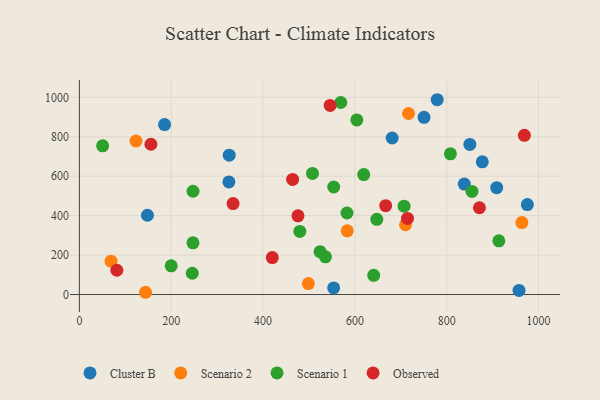
{"axis": {"x": "Investment", "y": "Rating"}, "legend": ["Cluster B", "Observed", "Scenario 1", "Scenario 2"], "data": [{"x": "553.8", "y": 33.3, "type": "Cluster B"}, {"x": "326.3", "y": 706.5, "type": "Cluster B"}, {"x": "681.2", "y": 793.7, "type": "Cluster B"}, {"x": "957.5", "y": 20.8, "type": "Cluster B"}, {"x": "779.3", "y": 987.8, "type": "Cluster B"}, {"x": "975.7", "y": 456.3, "type": "Cluster B"}, {"x": "908.9", "y": 541.6, "type": "Cluster B"}, {"x": "325.6", "y": 570.9, "type": "Cluster B"}, {"x": "838.2", "y": 559.9, "type": "Cluster B"}, {"x": "877.5", "y": 672.8, "type": "Cluster B"}, {"x": "850.4", "y": 761.1, "type": "Cluster B"}, {"x": "148.2", "y": 402.0, "type": "Cluster B"}, {"x": "750.6", "y": 898.6, "type": "Cluster B"}, {"x": "185.5", "y": 861.6, "type": "Cluster B"}, {"x": "123.2", "y": 778.6, "type": "Scenario 2"}, {"x": "498.7", "y": 55.3, "type": "Scenario 2"}, {"x": "583.4", "y": 322.8, "type": "Scenario 2"}, {"x": "710.3", "y": 353.7, "type": "Scenario 2"}, {"x": "963.7", "y": 365.0, "type": "Scenario 2"}, {"x": "144.0", "y": 11.4, "type": "Scenario 2"}, {"x": "716.9", "y": 917.9, "type": "Scenario 2"}, {"x": "68.9", "y": 169.0, "type": "Scenario 2"}, {"x": "855.1", "y": 523.0, "type": "Scenario 1"}, {"x": "641.0", "y": 97.2, "type": "Scenario 1"}, {"x": "553.9", "y": 545.3, "type": "Scenario 1"}, {"x": "913.6", "y": 272.1, "type": "Scenario 1"}, {"x": "247.4", "y": 262.2, "type": "Scenario 1"}, {"x": "247.5", "y": 523.8, "type": "Scenario 1"}, {"x": "647.8", "y": 381.3, "type": "Scenario 1"}, {"x": "808.1", "y": 713.5, "type": "Scenario 1"}, {"x": "707.1", "y": 448.2, "type": "Scenario 1"}, {"x": "200.0", "y": 145.4, "type": "Scenario 1"}, {"x": "507.7", "y": 613.9, "type": "Scenario 1"}, {"x": "569.3", "y": 973.7, "type": "Scenario 1"}, {"x": "480.1", "y": 320.2, "type": "Scenario 1"}, {"x": "604.3", "y": 885.4, "type": "Scenario 1"}, {"x": "524.2", "y": 217.1, "type": "Scenario 1"}, {"x": "582.8", "y": 413.4, "type": "Scenario 1"}, {"x": "50.6", "y": 754.2, "type": "Scenario 1"}, {"x": "535.9", "y": 191.1, "type": "Scenario 1"}, {"x": "245.9", "y": 107.8, "type": "Scenario 1"}, {"x": "619.3", "y": 608.3, "type": "Scenario 1"}, {"x": "81.6", "y": 123.2, "type": "Observed"}, {"x": "334.7", "y": 461.2, "type": "Observed"}, {"x": "969.2", "y": 807.1, "type": "Observed"}, {"x": "871.3", "y": 439.9, "type": "Observed"}, {"x": "714.6", "y": 386.1, "type": "Observed"}, {"x": "546.1", "y": 959.1, "type": "Observed"}, {"x": "464.4", "y": 583.6, "type": "Observed"}, {"x": "420.1", "y": 187.4, "type": "Observed"}, {"x": "155.8", "y": 761.9, "type": "Observed"}, {"x": "476.1", "y": 398.9, "type": "Observed"}, {"x": "667.1", "y": 450.5, "type": "Observed"}]}